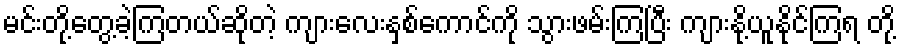
မင်းတို့တွေ့ခဲ့ကြတယ်ဆိုတဲ့ ကျားလေးနှစ်ကောင်ကို သွားဖမ်းကြပြီး ကျားနို့ယူနိုင်ကြရ တို့